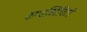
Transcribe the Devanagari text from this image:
कण्डक्टिविटी